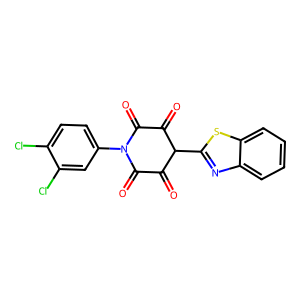
SMILES: O=C1C(=O)N(c2ccc(Cl)c(Cl)c2)C(=O)C(=O)C1c1nc2ccccc2s1
Inhibits HIV replication: No